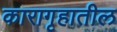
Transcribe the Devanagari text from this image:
कारागृहातील